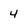
Character: 4